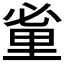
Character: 𨤩